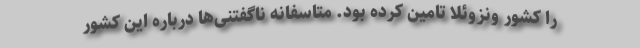
را کشور ونزوئلا تامین کرده بود. متاسفانه ناگفتنی‌ها درباره این کشور